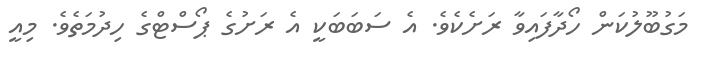
މަގުބޫލުކަން ހޯދާފައިވާ ރަށެކެވެ. އެ ސަބަބަކީ އެ ރަށުގެ ޕޯސްޓްގެ ހިދުމަތެވެ. މިއީ